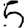
Digit: 5